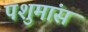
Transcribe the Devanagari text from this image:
पशुमांस